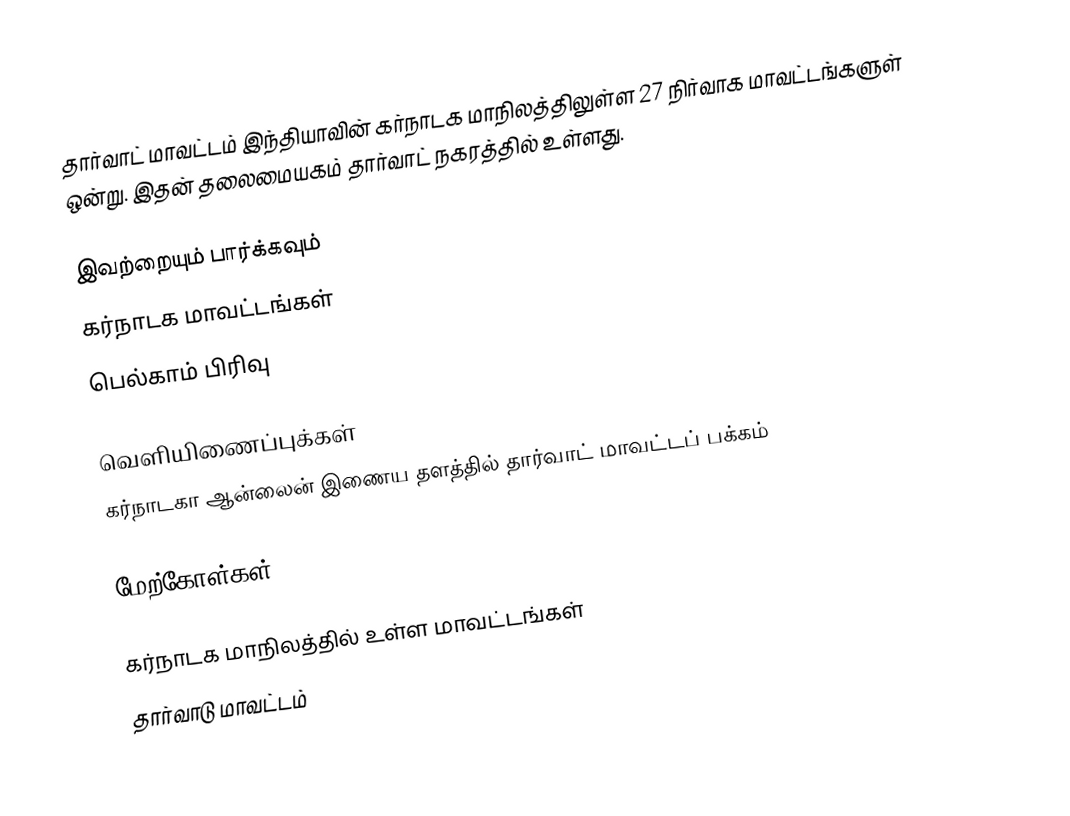
தார்வாட் மாவட்டம் இந்தியாவின் கர்நாடக மாநிலத்திலுள்ள 27 நிர்வாக மாவட்டங்களுள் ஒன்று. இதன் தலைமையகம் தார்வாட் நகரத்தில் உள்ளது.

இவற்றையும் பார்க்கவும்
 கர்நாடக மாவட்டங்கள்
 பெல்காம் பிரிவு

வெளியிணைப்புக்கள்
 கர்நாடகா ஆன்லைன் இணைய தளத்தில் தார்வாட் மாவட்டப் பக்கம்

மேற்கோள்கள்

கர்நாடக மாநிலத்தில் உள்ள மாவட்டங்கள்
தார்வாடு மாவட்டம்